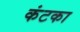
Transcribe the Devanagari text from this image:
कंटका